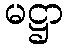
မဋ္ဌာ